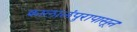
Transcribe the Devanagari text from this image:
क्वालालंपुरापासून